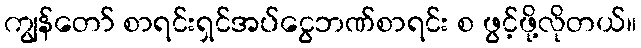
ကျွန်တော် စာရင်းရှင်အပ်ငွေဘဏ်စာရင်း စ ဖွင့်ဖို့လိုတယ်။